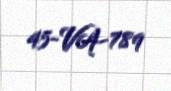
45-VA-789